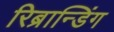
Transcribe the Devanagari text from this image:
रिब्रान्डिंग